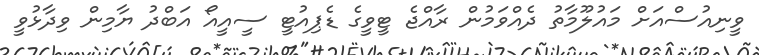
ވީނިއުސްއަށް މައުލޫމާތު ދެއްވަމުން ރާއްްޖެ ޓީވީގެ ޑެޕިއުޓީ ސީއީއޯ އަބްދު ޔާމިން ވިދާޅުވީ